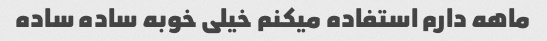
ماهه دارم استفاده میکنم خیلی خوبه ساده ساده